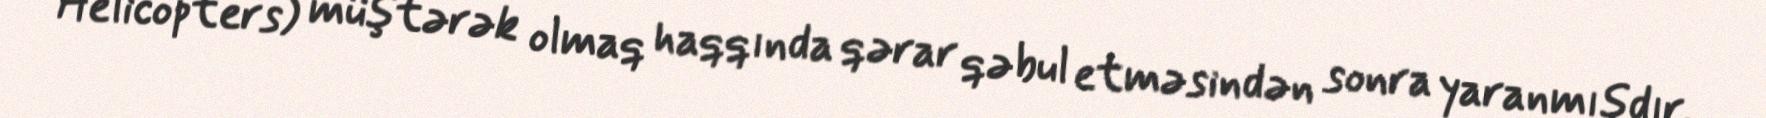
Helicopters) müştərək olmaq haqqında qərar qəbul etməsindən sonra yaranmışdır.